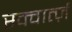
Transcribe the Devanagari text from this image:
स्क्वार्त्ज़